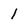
Character: 1